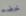
خضم